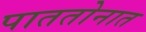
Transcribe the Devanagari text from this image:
पाततोनात